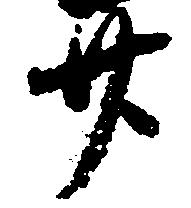
廿